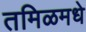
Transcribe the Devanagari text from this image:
तमिळमधे